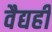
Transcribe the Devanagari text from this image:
वैद्यही